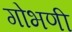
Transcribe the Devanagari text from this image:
गोभणी